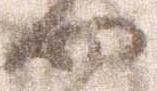
や